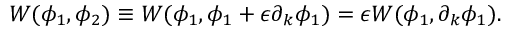
W ( \phi _ { 1 } , \phi _ { 2 } ) \equiv W ( \phi _ { 1 } , \phi _ { 1 } + \epsilon \partial _ { k } \phi _ { 1 } ) = \epsilon W ( \phi _ { 1 } , \partial _ { k } \phi _ { 1 } ) .